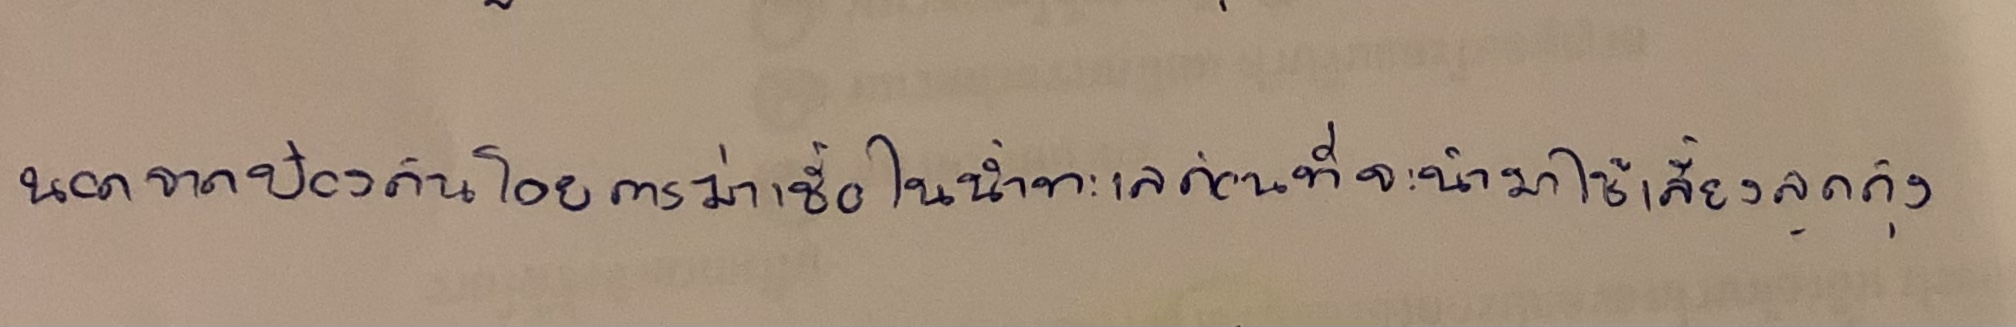
นอกจากป้องกันโดยการฆ่าเชื้อในน้ำทะเลก่อนที่จะนำมาใช้เลี้ยงลูกกุ้ง